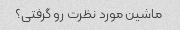
ماشین مورد نظرت رو گرفتی؟